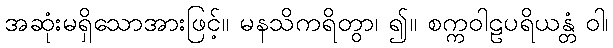
အဆုံးမရှိသောအားဖြင့်။ မနသိကရိတွာ၊ ၍။ စက္ကဝါဠပရိယန္တံ ဝါ၊